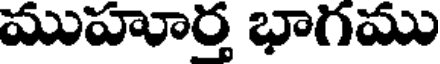
ముహూర్త భాగము